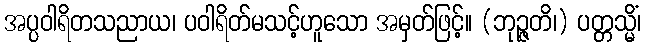
အပ္ပဝါရိတသညာယ၊ ပဝါရိတ်မသင့်ဟူသော အမှတ်ဖြင့်။ (ဘုဉ္ဇတိ၊) ပတ္တသ္မိံ၊